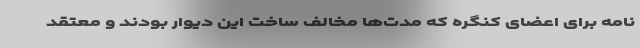
نامه برای اعضای کنگره که مدت‌ها مخالف ساخت این دیوار بودند و معتقد